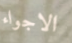
الاجواء